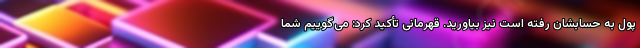
پول به حسابشان رفته است نیز بیاورید. قهرمانی تأکید کرد: می‌گوییم شما